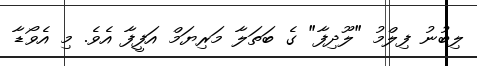
ލިބުނު ފިލްމު "ލޫދިފާ" ގެ ބަތަލާ މަރިޔަމް އަފީފާ އެވެ. މި އެވޯޑާ